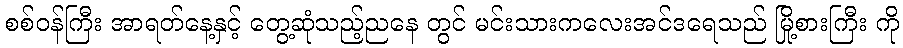
စစ်ဝန်ကြီး အာရတ်နေ့နှင့် တွေ့ဆုံသည့်ညနေ တွင် မင်းသားကလေးအင်ဒရေသည် မြို့စားကြီး ကို